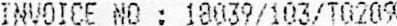
INVOICE NO : 18039/103/T0209